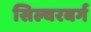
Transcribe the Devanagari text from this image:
सिल्वरबर्ग